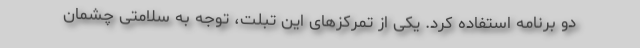
دو برنامه استفاده کرد. یکی از تمرکزهای این تبلت، توجه به سلامتی چشمان